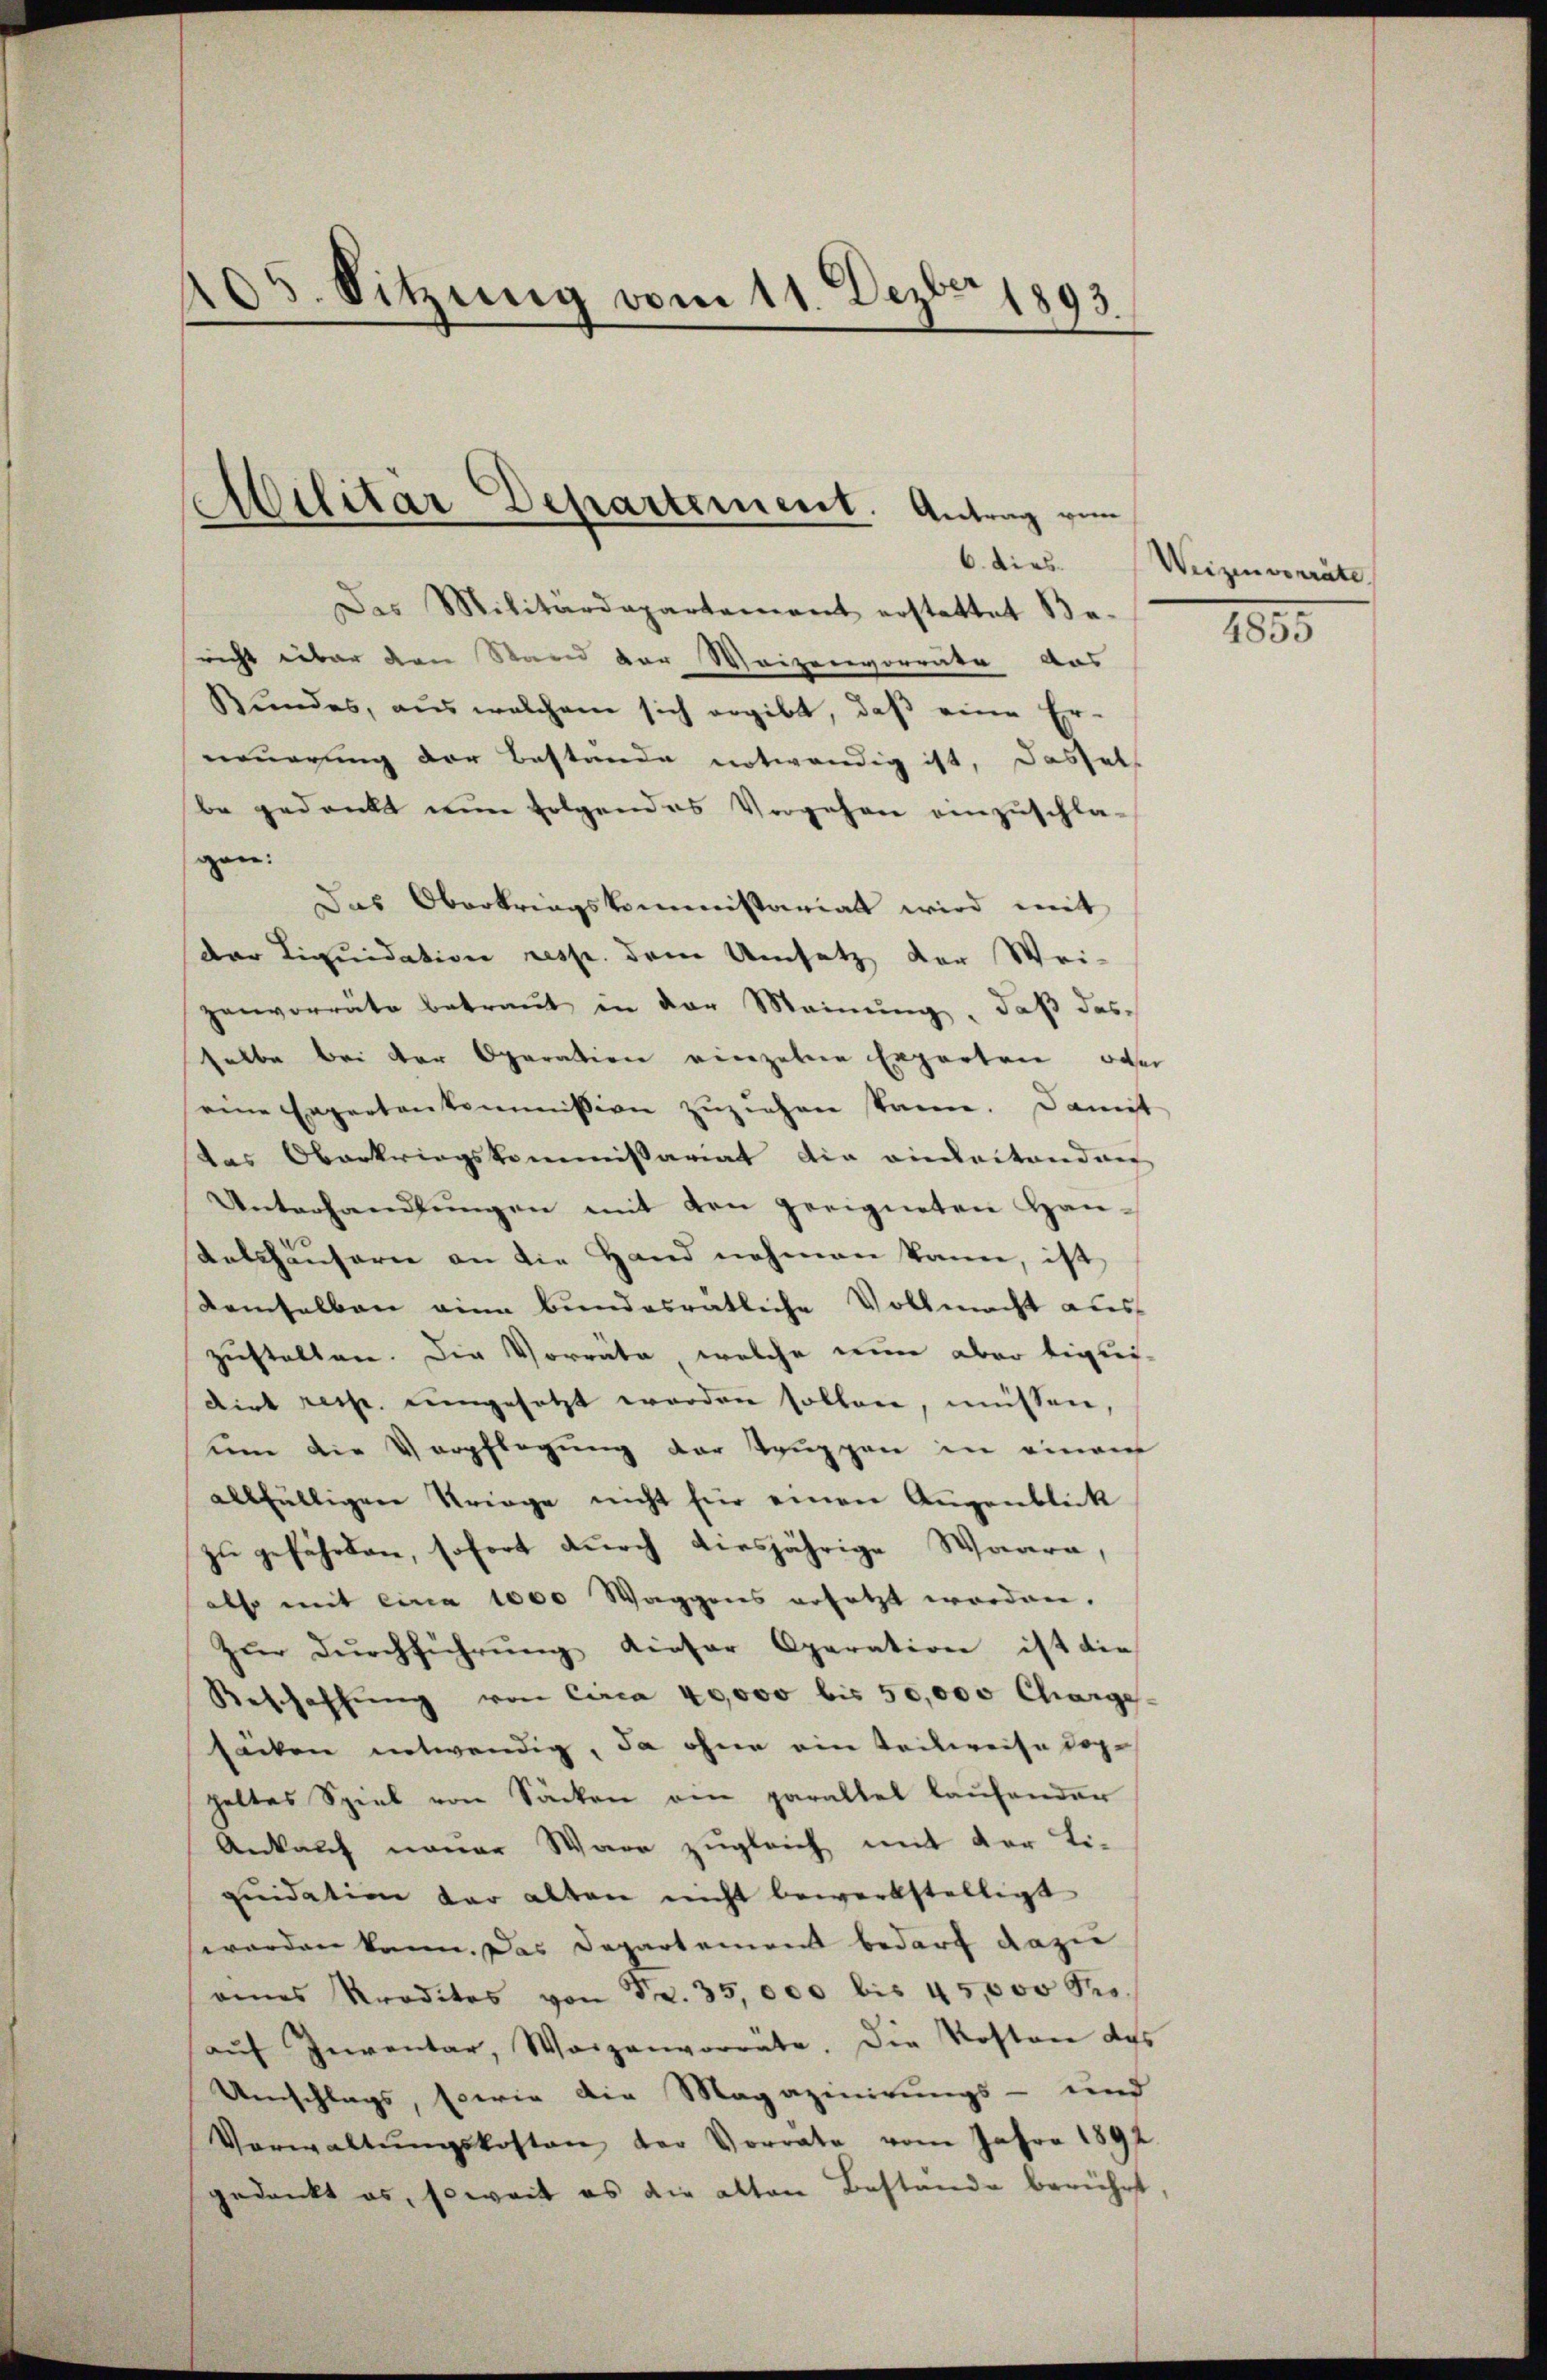
405. Sitzung vom 11. Dezbr. 1893

6. dies
Des Militärdepartement erstattet Be-
richt über den Stand der Waizenvorräte das
Sŭndes, aus welchem sich ergibt, daβ eine Er-
neuerung der Bestände notwendig ist, dassel
be gedankt nun folgendes Vorgehen einzuschla-
gen:
Das Oberkriegskommissariat wird mit
der Liquidation resp. dem Umsatz der Wei-
zenvorräte betraŭt in der Meinŭng, daβ das
selbe bei der Oparation einzelene Erparten oder
eine Expertenkommission zuziehen kann. Damit
das Oberkriegskommissariat die einbestanden
Unterhandlŭngen mit den geeigneten Han-
Kelshäuserne an die Hand nehmen kann, ist
Demselben eine bundesratliche Vollmacht aus
zustellen. Die Vorräte, welche nun aber tiglicdirt resp. engesetzt werden sollen, müssen,
um die Verpflegung der Truppen in einem
allfälligen Kriege nicht für einen Augenblick
zŭ gefährden, sofort dŭrch diesjährige Waare,
also mit eine 1000 Waggons ersetzt worden.
zŭr dŭrchführŭng dieser Operation ist die
Beschaffŭng von Circa 40,000 bis 50,000 Charge
säcken entwendig, da ohne ein teilweise dop-
heltes Spiel von Sacken ein parallel laŭfender
Ankauf neuer Ware zugleich mit der Li-
qŭidation der alten nicht bewerkstelligt
worden kann. Das Departement bedarf dazu
eines Kreditos von Fr. 35,000 bis 45,000 Proaŭf Inventar, Waizenvorräte. Die Kosten des
Umschlags, sowie die Magazinirungs- und
Verwaltŭngskosten der Vorrate vom Jahre 1892
gedankt es, soweit es die alten Bestande berührt

Militär Departement. Antrag vom

Weizenvorräte.

4855